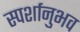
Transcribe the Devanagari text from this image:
स्पर्शानुभव